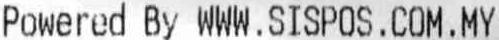
POWERED BY WWW.SISPOS.COM.MY